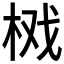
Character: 𱣘